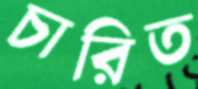
চারিত